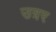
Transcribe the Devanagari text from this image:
उत्रर